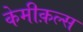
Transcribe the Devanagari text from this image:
केमीक़ल्स